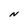
Character: N